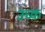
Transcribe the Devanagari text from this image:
उच्क